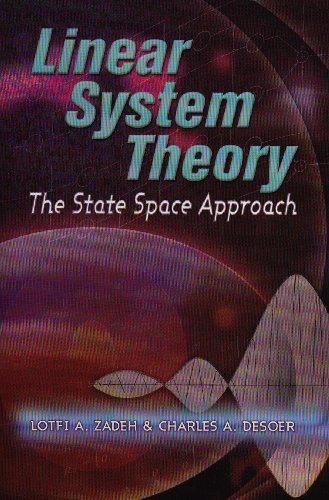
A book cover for Linear System Theory: The State Space Approach; Lotfi A. Zadeh; Science & Math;